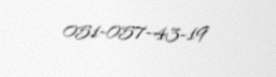
051-057-43-19